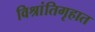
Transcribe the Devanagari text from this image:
विश्रांतिगृहात